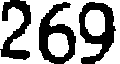
269